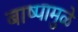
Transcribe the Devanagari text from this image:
बाष्पामुळे